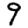
Digit: 9